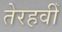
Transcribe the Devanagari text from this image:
तेरहवीँ